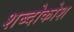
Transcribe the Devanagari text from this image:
शब्दोकोश